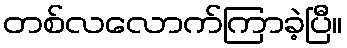
တစ်လလောက်ကြာခဲ့ပြီ။